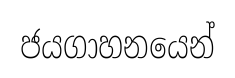
ජයගාහනයෙන්